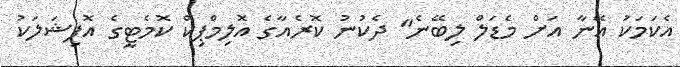
އެކަމަކު އޭނާ އަށް މެޑަލް ލިބޭނެ" ދެކުނު ކޮރެއާގެ އޮލިމްޕިކް ކޮމެޓީގެ އޮފިޝަލަކު